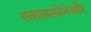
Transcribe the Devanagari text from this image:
स्ताललोनेऔर